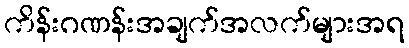
ကိန်းဂဏန်းအချက်အလက်များအရ